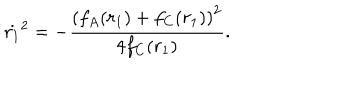
\dot { r _ { 1 } } ^ { 2 } = - \frac { \left( f _ { A } ( r _ { 1 } ) + f _ { C } ( r _ { 1 } ) \right) ^ { 2 } } { 4 f _ { C } ( r _ { 1 } ) } .